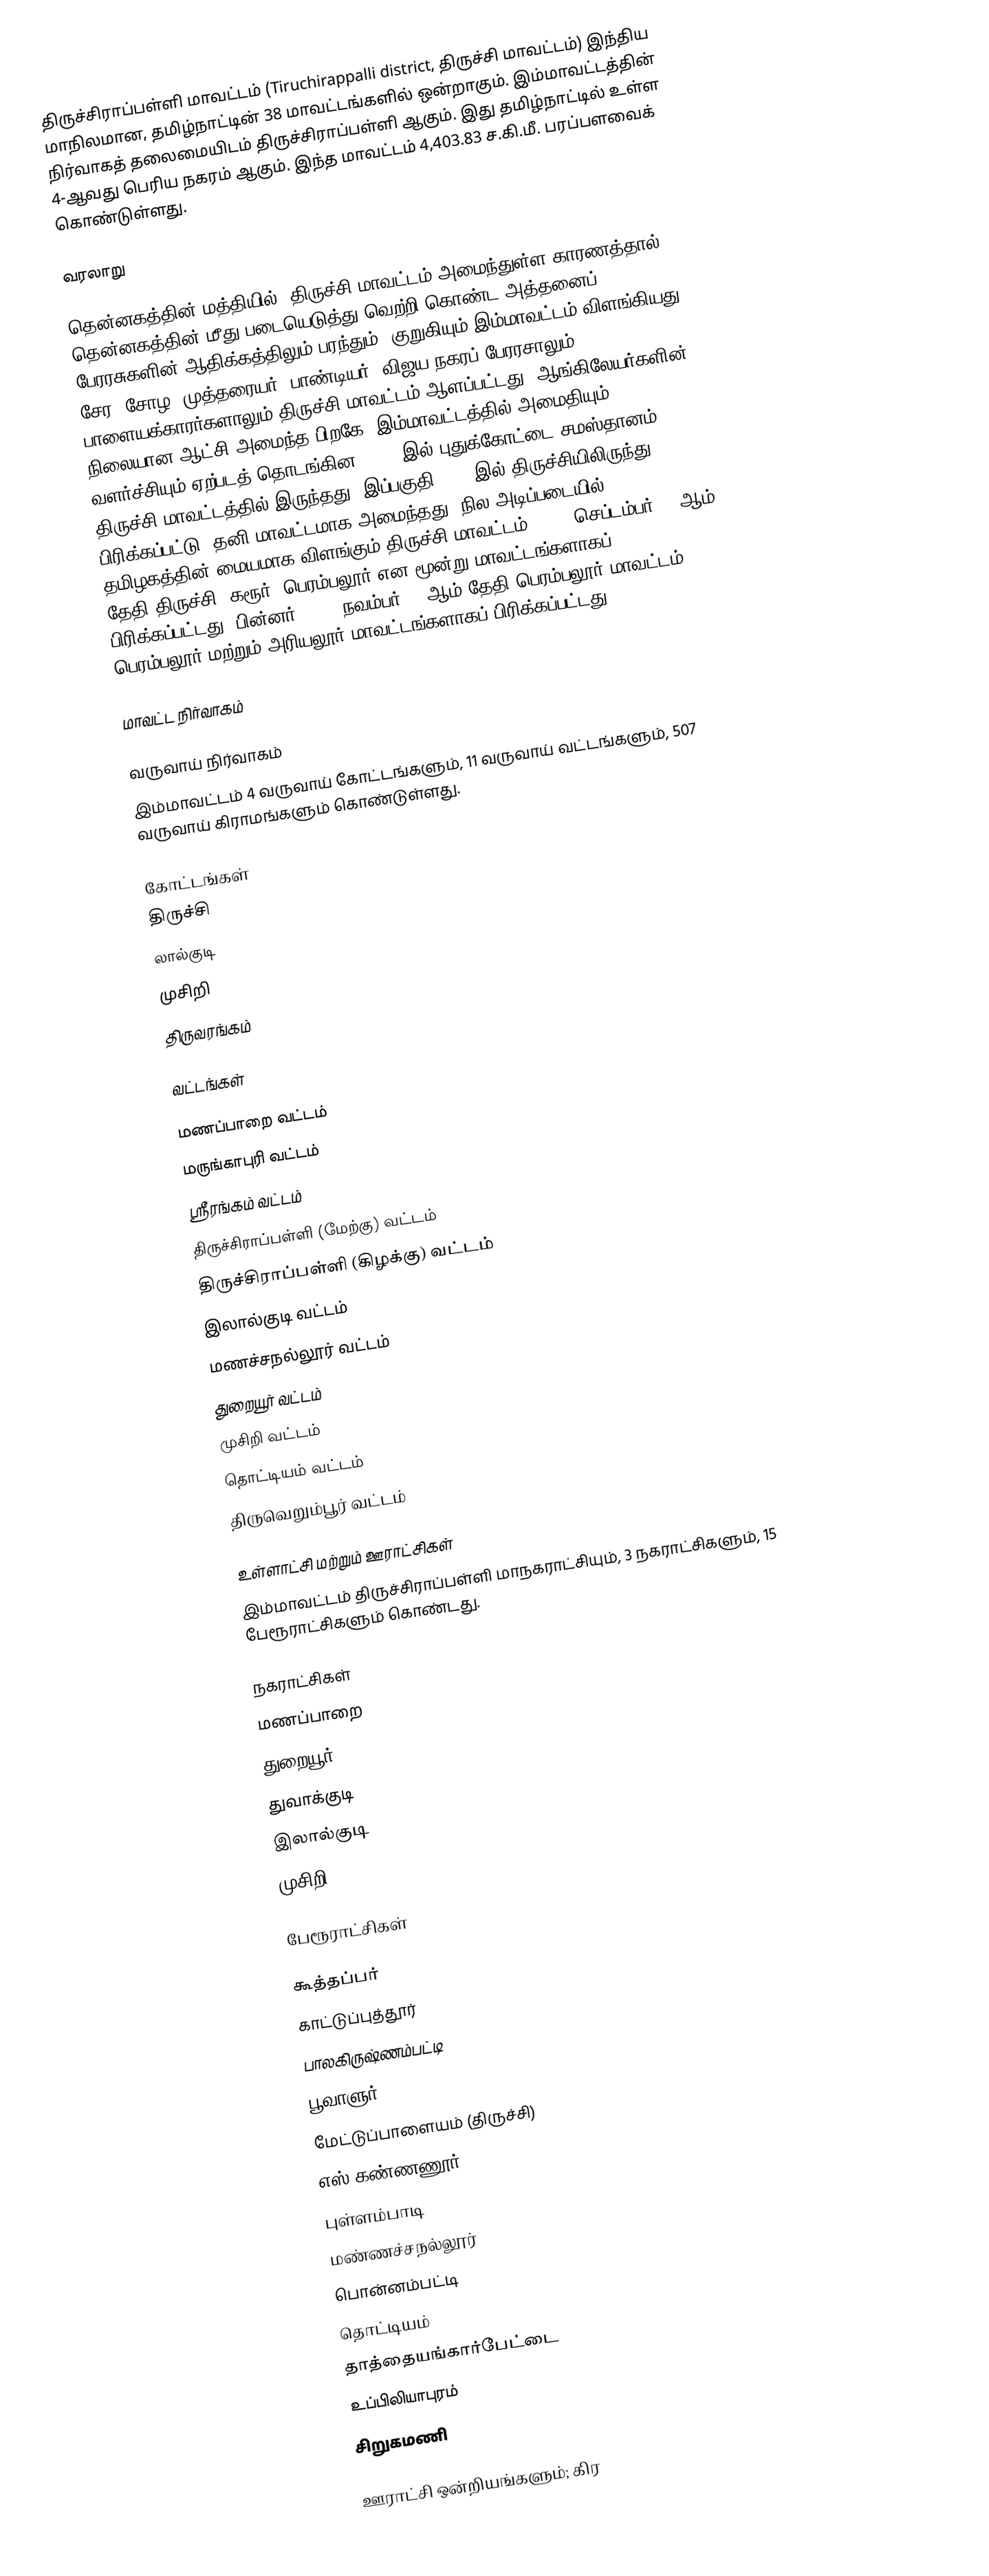
திருச்சிராப்பள்ளி மாவட்டம் (Tiruchirappalli district, திருச்சி மாவட்டம்) இந்திய மாநிலமான, தமிழ்நாட்டின் 38 மாவட்டங்களில் ஒன்றாகும். இம்மாவட்டத்தின் நிர்வாகத் தலைமையிடம் திருச்சிராப்பள்ளி ஆகும். இது தமிழ்நாட்டில் உள்ள 4-ஆவது பெரிய நகரம் ஆகும். இந்த மாவட்டம் 4,403.83 ச.கி.மீ. பரப்பளவைக் கொண்டுள்ளது.

வரலாறு

தென்னகத்தின் மத்தியில், திருச்சி மாவட்டம் அமைந்துள்ள காரணத்தால், தென்னகத்தின் மீது படையெடுத்து வெற்றி கொண்ட அத்தனைப் பேரரசுகளின் ஆதிக்கத்திலும் பரந்தும், குறுகியும் இம்மாவட்டம் விளங்கியது. சேர, சோழ, முத்தரையர், பாண்டியர், விஜய நகரப் பேரரசாலும், பாளையக்காரர்களாலும் திருச்சி மாவட்டம் ஆளப்பட்டது. ஆங்கிலேயர்களின் நிலையான ஆட்சி அமைந்த பிறகே, இம்மாவட்டத்தில் அமைதியும், வளர்ச்சியும் ஏற்படத் தொடங்கின. 1948-இல் புதுக்கோட்டை சமஸ்தானம், திருச்சி மாவட்டத்தில் இருந்தது. இப்பகுதி 1974-இல் திருச்சியிலிருந்து பிரிக்கப்பட்டு, தனி மாவட்டமாக அமைந்தது. நில அடிப்படையில் தமிழகத்தின் மையமாக விளங்கும் திருச்சி மாவட்டம் 1995, செப்டம்பர் 30-ஆம் தேதி திருச்சி, கரூர், பெரம்பலூர் என மூன்று மாவட்டங்களாகப் பிரிக்கப்பட்டது. பின்னர், 2007 நவம்பர் 23-ஆம் தேதி பெரம்பலூர் மாவட்டம் பெரம்பலூர் மற்றும் அரியலூர் மாவட்டங்களாகப் பிரிக்கப்பட்டது.

மாவட்ட நிர்வாகம்

வருவாய் நிர்வாகம்
இம்மாவட்டம் 4 வருவாய் கோட்டங்களும், 11 வருவாய் வட்டங்களும், 507 வருவாய் கிராமங்களும் கொண்டுள்ளது.

கோட்டங்கள்
 திருச்சி
 லால்குடி
 முசிறி
 திருவரங்கம்

வட்டங்கள்

 மணப்பாறை வட்டம்
 மருங்காபுரி வட்டம்
 ஸ்ரீரங்கம் வட்டம்
 திருச்சிராப்பள்ளி (மேற்கு) வட்டம்
 திருச்சிராப்பள்ளி (கிழக்கு) வட்டம்
 இலால்குடி வட்டம்
 மணச்சநல்லூர் வட்டம்
 துறையூர் வட்டம்
 முசிறி வட்டம்
 தொட்டியம் வட்டம்
 திருவெறும்பூர் வட்டம்

உள்ளாட்சி மற்றும் ஊராட்சிகள்
இம்மாவட்டம் திருச்சிராப்பள்ளி மாநகராட்சியும், 3 நகராட்சிகளும், 15 பேரூராட்சிகளும் கொண்டது.

நகராட்சிகள்
 மணப்பாறை
 துறையூர்
 துவாக்குடி
 இலால்குடி
 முசிறி

பேரூராட்சிகள்

 கூத்தப்பர்
 காட்டுப்புத்தூர்
 பாலகிருஷ்ணம்பட்டி
 பூவாளுர்
 மேட்டுப்பாளையம் (திருச்சி)
 எஸ்.கண்ணணூர்
 புள்ளம்பாடி
 மண்ணச்சநல்லூர்
 பொன்னம்பட்டி
 தொட்டியம்
 தாத்தையங்கார்பேட்டை
 உப்பிலியாபுரம்
 சிறுகமணி

ஊராட்சி ஒன்றியங்களும்; கிர